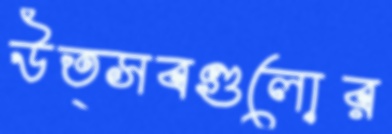
উত্সবগুলোর